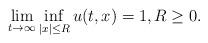
LaTeX: \begin{align*}\lim _{t\to \infty} \inf _{\vert x\vert \leq R} u(t,x)=1, R\geq 0. \end{align*}